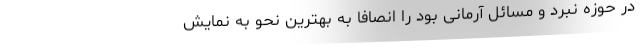
در حوزه نبرد و مسائل آرمانی بود را انصافاً به بهترین نحو به نمایش